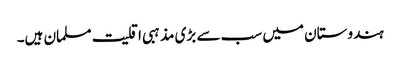
ہندوستان میں سب سے بڑی مذہبی اقلیت مسلمان ہیں۔